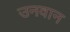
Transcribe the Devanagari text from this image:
उनवान